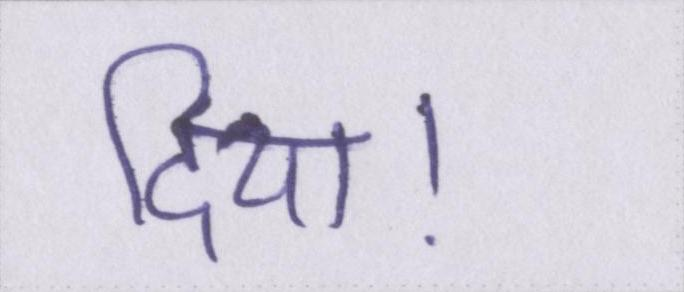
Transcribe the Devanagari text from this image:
दिया।